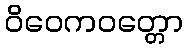
ဝိဝေကဝတ္တော